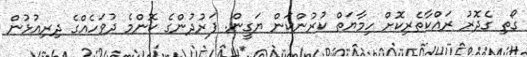
ގޯތި ގެދޮރު ރައްކާތެރިކޮށް ހިމާޔަތް ކުރުންކަން ޔަގީން. ފަރުދުންގެ ކޮންމެ ދުވަހެއްގެ ދިރިއުޅުން